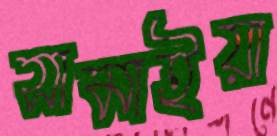
সামাইয়া